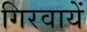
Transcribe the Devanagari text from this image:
गिरवायें